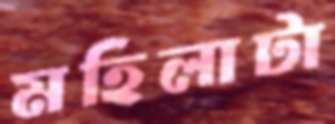
মহিলাটা